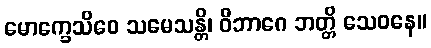
မောက္ခေသိဝေ သမေသန္တိ၊ ဝိဘာဂေ ဘတ္တိ သေဝနေ။